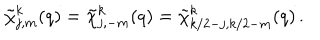
\tilde { \chi } _ { j , m } ^ { k } ( q ) = \tilde { \chi } _ { j , - m } ^ { k } ( q ) = \tilde { \chi } _ { k / 2 - j , k / 2 - m } ^ { k } ( q ) \, .